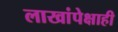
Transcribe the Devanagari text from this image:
लाखांपेक्षाही